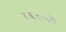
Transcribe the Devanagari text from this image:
१९१५चे